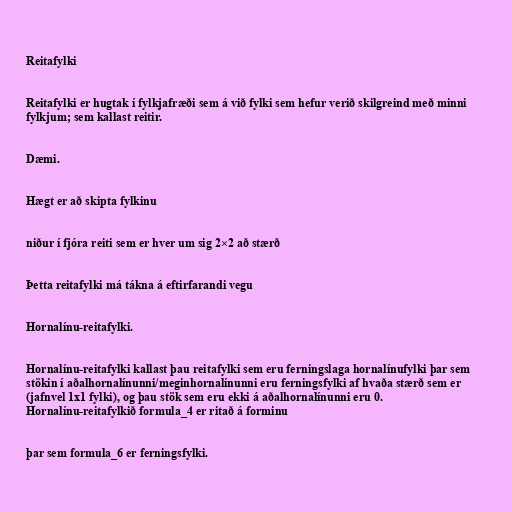
Reitafylki

Reitafylki er hugtak í fylkjafræði sem á við fylki sem hefur verið skilgreind með minni
fylkjum; sem kallast reitir.

Dæmi.

Hægt er að skipta fylkinu

niður í fjóra reiti sem er hver um sig 2×2 að stærð

Þetta reitafylki má tákna á eftirfarandi vegu

Hornalínu-reitafylki.

Hornalínu-reitafylki kallast þau reitafylki sem eru ferningslaga hornalínufylki þar sem
stökin í aðalhornalínunni/meginhornalínunni eru ferningsfylki af hvaða stærð sem er
(jafnvel 1x1 fylki), og þau stök sem eru ekki á aðalhornalínunni eru 0.
Hornalínu-reitafylkið formula_4 er ritað á forminu

þar sem formula_6 er ferningsfylki.